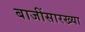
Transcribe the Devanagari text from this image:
बाजींसारख्या